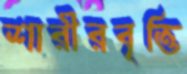
শারীরবৃত্তি